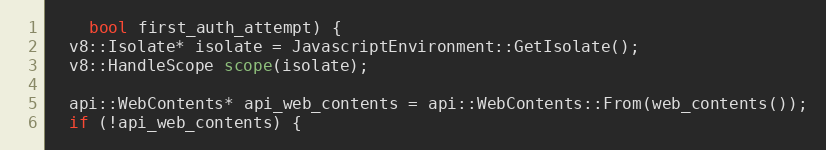
Language: C++
    bool first_auth_attempt) {
  v8::Isolate* isolate = JavascriptEnvironment::GetIsolate();
  v8::HandleScope scope(isolate);

  api::WebContents* api_web_contents = api::WebContents::From(web_contents());
  if (!api_web_contents) {